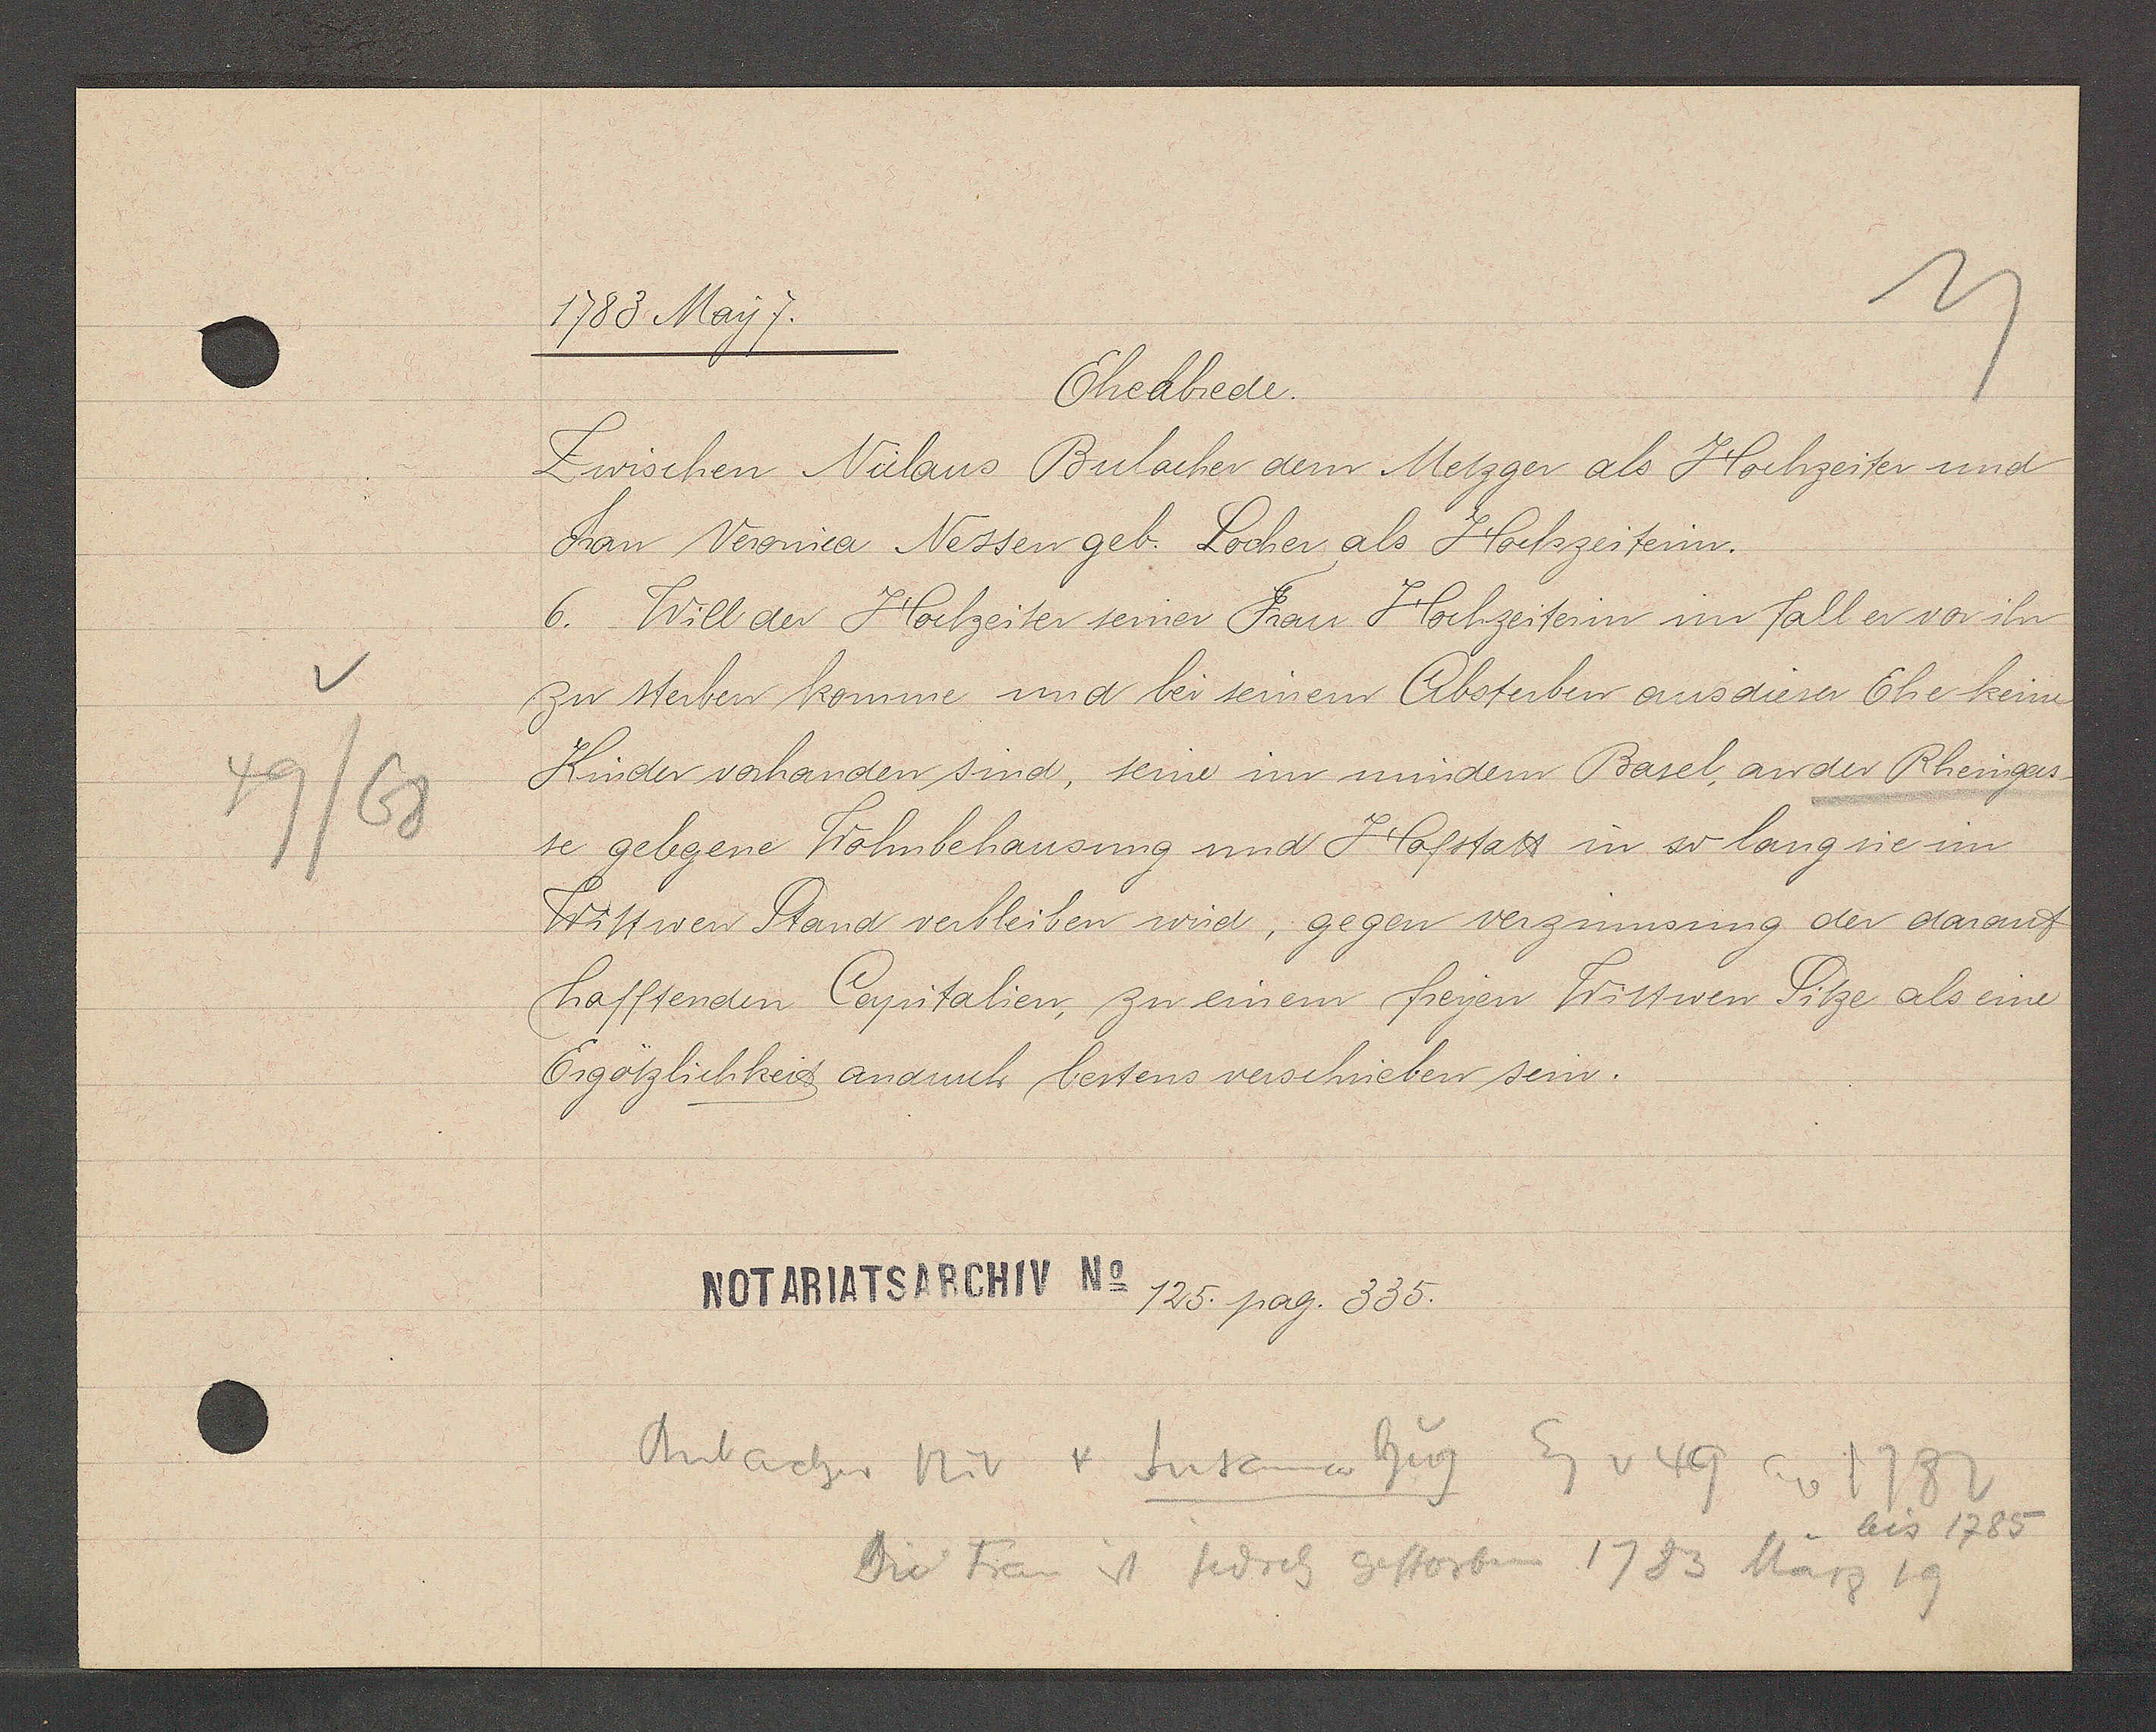
Transcript:
49/68

1783 May 7.

Eheabrede.
Zwischen Niclaus Bulacher dem Metzger als Hochzeiter und
Frau Veronica Nessen geb. Locher als Hochzeiterin,
6. Will der Hochzeiter seiner Frau Hochzeiterin im fall er vor ihn
zu sterben komme und bei seinem Absterben aus dieser Ehe keine
Kinder vorhanden sind, seine im mindern Basel, an der Rheingas-
se gelegene Wohnbehausung und Hofstatt in so lang sie im
Wittwen Stand verbleiben wird, gegen verzinnsung der darauf
hafftenden Capitalien, zu einem freyen Wittwen Sitze als eine
Ergötzlichkeit armuts bestens verschrieben sein.

Notariatsarchiv No 125. pag. 335.

Bulacher Nic + Susanna Hug Eg v 49 ao 1782
bis 1785
Die Frau ist jedoch gestorben 1783 Marz. 19.